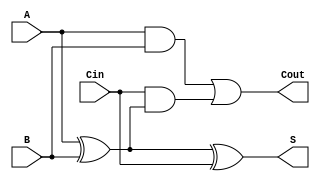
module FullAdder (
    input A,        // Input bit A
    input B,        // Input bit B
    input Cin,      // Carry input
    output S,       // Sum output
    output Cout     // Carry output
);
    assign S = A ^ B ^ Cin;                // Sum calculation
    assign Cout = (A & B) | (Cin & (A ^ B)); // Carry calculation
endmodule